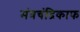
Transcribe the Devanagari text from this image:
मंत्रचंद्रिकाफ